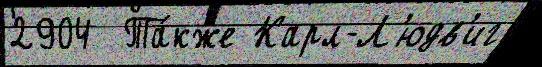
2904  Та́кже Карл-Л'юдв'иг